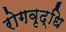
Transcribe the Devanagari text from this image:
रोगवृद्धि